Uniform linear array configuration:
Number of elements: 4
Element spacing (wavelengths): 0.5
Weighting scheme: hann
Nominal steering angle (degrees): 60
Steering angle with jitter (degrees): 58.637
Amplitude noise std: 0.05
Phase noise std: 0.05

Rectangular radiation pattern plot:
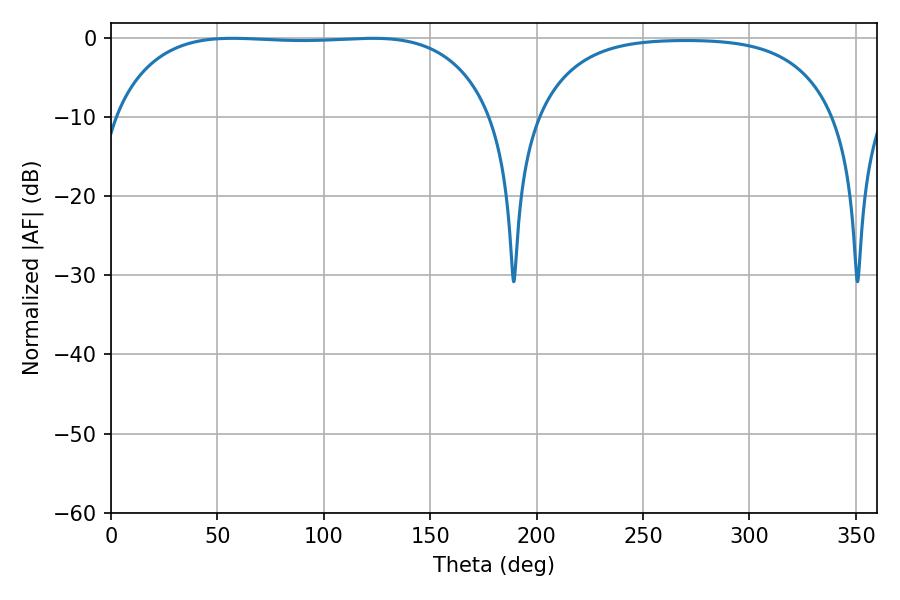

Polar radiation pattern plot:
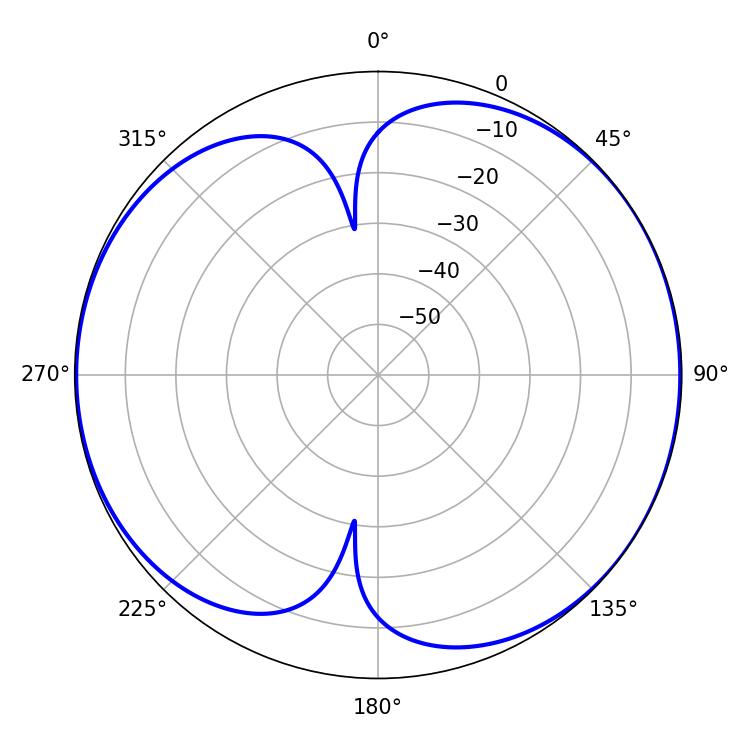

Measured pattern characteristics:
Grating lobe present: FALSE
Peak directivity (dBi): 6.659
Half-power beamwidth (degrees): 140.04
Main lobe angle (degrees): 57.06